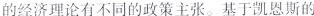
不同的经济理论有不同的政策主张。基于凯恩斯的